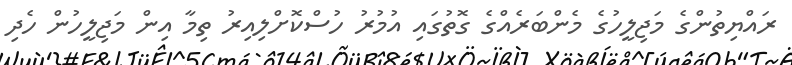
ރައްޔިތުންގެ މަޖިލީހުގެ މެންބަރެއްގެ ގޮތުގައި އުމުރު ހުސްކޮށްލިއިރު ތިމާ އިން މަޖިލީހުން ހެދި